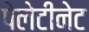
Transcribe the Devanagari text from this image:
पेलेटीनेट